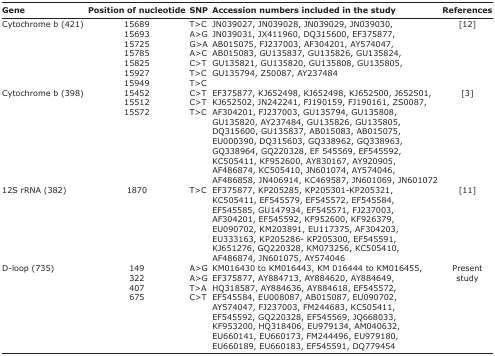
<table><thead><tr><td><b>Gene</b></td><td><b>Position of nucleotide</b></td><td><b>SNP</b></td><td><b>Accession numbers included in the study</b></td><td><b>References</b></td></tr></thead><tbody><tr><td>Cytochrome b (421)</td><td>15689156931572515785158251592715949</td><td>T&gt;CA&gt;GG&gt;AA&gt;CC&gt;TT&gt;CT&gt;C</td><td>JN039027, JN039028, JN039029, JN039030,JN039031, JX411960, DQ315600, EF375877,AB015075, FJ237003, AF304201, AY574047,AB015083, GU135837, GU135826, GU135824,GU135821, GU135820, GU135808, GU135805,GU135794, Z50087, AY237484</td><td>[12]</td></tr><tr><td>Cytochrome b (398)</td><td>154521551215572</td><td>C&gt;TC&gt;TT&gt;C</td><td>EF375877, KJ652498, KJ652498, KJ652500, J652501,KJ652502, JN242241, FJ190159, FJ190161, ZS0087,AF304201, FJ237003, GU135794, GU135808,GU135820, AY237484, GU135826, GU135805,DQ315600, GU135837, AB015083, AB015075,EU000390, DQ315603, GQ338962, GQ338963,GQ338964, GQ220328, EF 545569, EF545592,KC505411, KF952600, AY830167, AY920905,AF486874, KC505410, JN601074, AY574046,AF486858, JN406914, KC469587, JN601069, JN601072</td><td>[3]</td></tr><tr><td>12S rRNA (382)</td><td>1870</td><td>T&gt;C</td><td>EF375877, KP205285, KP205301-KP205321,KC505411, EF545579, EF545572, EF545584,EF545585, GU147934, EF545571, FJ237003,AF304201, EF545592, KF952600, KF926379,EU090702, KM203891, EU117375, AF304203,EU333163, KP205286- KP205300, EF545591,KJ651276, GQ220328, KM073256, KC505410,AF486874, JN601075, AY574046</td><td>[11]</td></tr><tr><td>D-loop (735)</td><td>149322407675</td><td>A&gt;GA&gt;GT&gt;AC&gt;T</td><td>KM016430 to KM016443, KM 016444 to KM016455,EF375877, AY884713, AY884620, AY884649,HQ318587, AY884636, AY884618, EF545572,EF545584, EU008087, AB015087, EU090702,AY574047, FJ237003, FM244683, KC505411,EF545592, GQ220328, EF545569, JQ668033,KF953200, HQ318406, EU979134, AM040632,EU660141, EU660173, FM244496, EU979180,EU660189, EU660183, EF545591, DQ779454</td><td>Present study</td></tr></tbody></table>